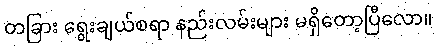
တခြား ရွေးချယ်စရာ နည်းလမ်းများ မရှိတော့ပြီလော။